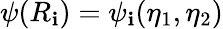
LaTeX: \psi(R_{\mathbf{i}})=\psi_{\mathbf{i}}(\eta_{1},\eta_{2})